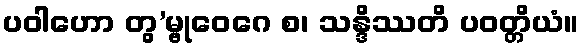
ပဝါဟော တွ’မ္ဗုဝေဂေ စ၊ သန္ဒိဿတိ ပဝတ္တိယံ။